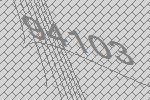
94103